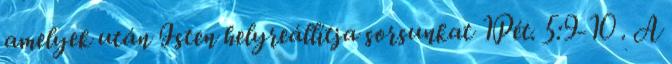
amelyek után Isten helyreállítja sorsunkat 1Pét. 5:9-10 . A